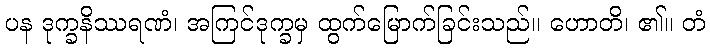
ပန ဒုက္ခနိဿရဏံ၊ အကြင်ဒုက္ခမှ ထွက်မြောက်ခြင်းသည်။ ဟောတိ၊ ၏။ တံ